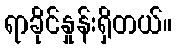
ရာခိုင်နှုန်းရှိတယ်။